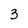
Character: 3